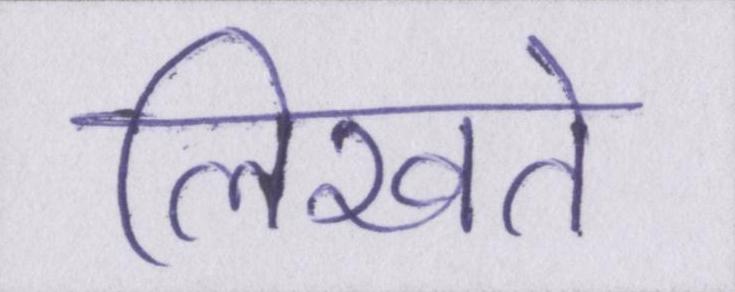
लिखते